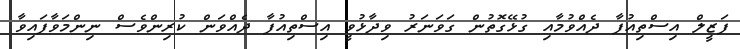
ފަޒީލް އިސްތިއުފާ ދެއްވުމާއި ގުޅޭގޮތުން ގަވަނަރު ވިދާޅުވީ އިސްތިއުފާ ދެއްވަން ކުރިންވެސް ނިންމަވާފައިވާ